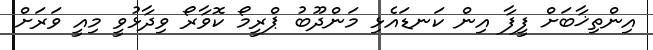
އިންތިޚާބަށް ފީފާ އިން ކަނޑައެޅި މަންދޫބު ޕްރީމޯ ކޮވާރޯ ވިދާޅުވީ މިއީ ވަރަށް